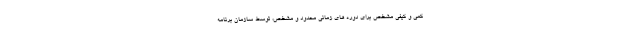
کمی و کیفی مشخص برای دوره های زمانی محدود و مشخص، توسط سازمان برنامه